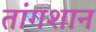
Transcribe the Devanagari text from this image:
तांगशान